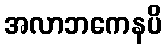
အလာဘကေနပိ